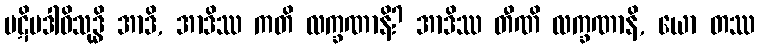
ပဋိပဒါဝိသုဒ္ဓိ အာဒိ, အာဒိဿ ကတိ လက္ခဏာနိ? အာဒိဿ တီဏိ လက္ခဏာနိ, ယော တဿ